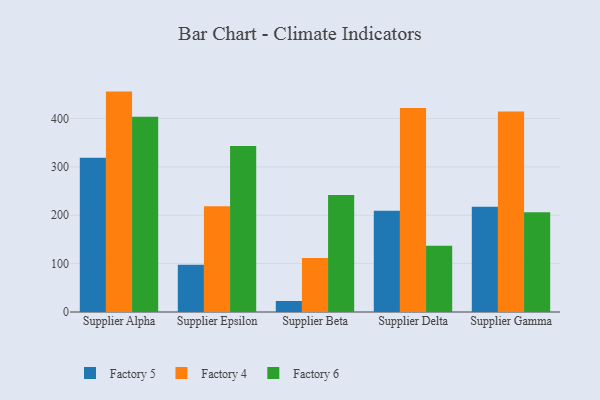
{"axis": {"x": "Supplier", "y": "Net Income (USD K)"}, "legend": ["Factory 4", "Factory 5", "Factory 6"], "data": [{"x": "Supplier Alpha", "y": 318.7, "type": "Factory 5"}, {"x": "Supplier Alpha", "y": 455.7, "type": "Factory 4"}, {"x": "Supplier Alpha", "y": 403.9, "type": "Factory 6"}, {"x": "Supplier Epsilon", "y": 97.6, "type": "Factory 5"}, {"x": "Supplier Epsilon", "y": 218.9, "type": "Factory 4"}, {"x": "Supplier Epsilon", "y": 343.1, "type": "Factory 6"}, {"x": "Supplier Beta", "y": 22.7, "type": "Factory 5"}, {"x": "Supplier Beta", "y": 111.6, "type": "Factory 4"}, {"x": "Supplier Beta", "y": 241.8, "type": "Factory 6"}, {"x": "Supplier Delta", "y": 209.1, "type": "Factory 5"}, {"x": "Supplier Delta", "y": 421.6, "type": "Factory 4"}, {"x": "Supplier Delta", "y": 137.0, "type": "Factory 6"}, {"x": "Supplier Gamma", "y": 217.4, "type": "Factory 5"}, {"x": "Supplier Gamma", "y": 414.5, "type": "Factory 4"}, {"x": "Supplier Gamma", "y": 206.2, "type": "Factory 6"}]}